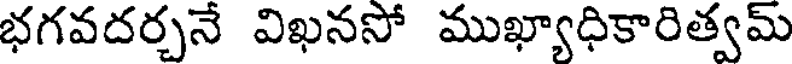
భగవదర్చనే విఖనసో ముఖ్యాధికారిత్వమ్